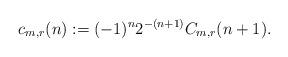
LaTeX: \begin{align*}c_{m,r}(n):= (-1)^{n}2^{-(n+1)} C_{m,r}(n+1).\end{align*}